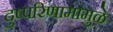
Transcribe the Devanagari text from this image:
दुष्परिणामांमुळे